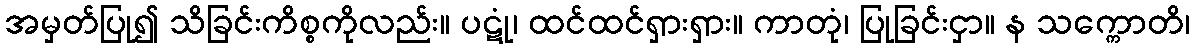
အမှတ်ပြု၍ သိခြင်းကိစ္စကိုလည်း။ ပဋုံ၊ ထင်ထင်ရှားရှား။ ကာတုံ၊ ပြုခြင်းငှာ။ န သက္ကောတိ၊